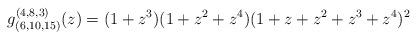
LaTeX: \begin{align*} g_{(6,10,15)}^{(4,8,3)}(z)=(1+z^3)(1+z^2+z^4)(1+z+z^2+z^3+z^4)^2 \end{align*}